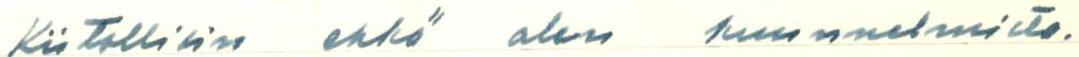
Kiitollisin ehkä olen kuunnelmista.